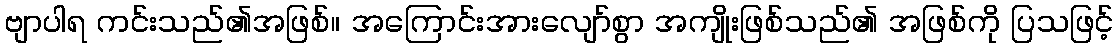
ဗျာပါရ ကင်းသည်၏အဖြစ်။ အကြောင်းအားလျော်စွာ အကျိုးဖြစ်သည်၏ အဖြစ်ကို ပြသဖြင့်